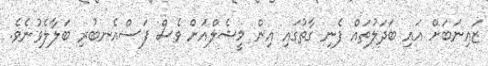
ޒައިނަބަށް އައި ބަދަލުތައް ފެނި ގާތުގައި އިން މީޝެލްއަށް ވެސް ފަސްއެނބުރި ބަލާލެވުނެވެ.